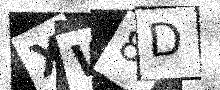
Text: XW8D